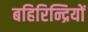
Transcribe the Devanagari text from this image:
बहिरिन्द्रियों